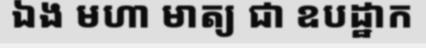
ឯង មហា មាត្យ ជា ឧបដ្ឋាក